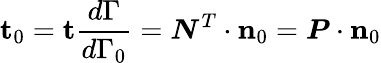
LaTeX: \mathbf{t}_{0}=\mathbf{t}{\frac{d{\Gamma}}{d\Gamma_{0}}}={\boldsymbol{N}}^{T}\cdot\mathbf{n}_{0}={\boldsymbol{P}}\cdot\mathbf{n}_{0}